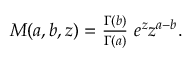
\begin{array} { r } { M ( a , b , z ) = \frac { \Gamma ( b ) } { \Gamma ( a ) } \ e ^ { z } z ^ { a - b } . } \end{array}